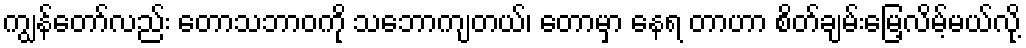
ကျွန်တော်လည်း တောသဘာဝကို သဘောကျတယ်၊ တောမှာ နေရ တာဟာ စိတ်ချမ်းမြေ့လိမ့်မယ်လို့